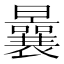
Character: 曩